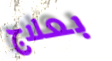
بعلاج